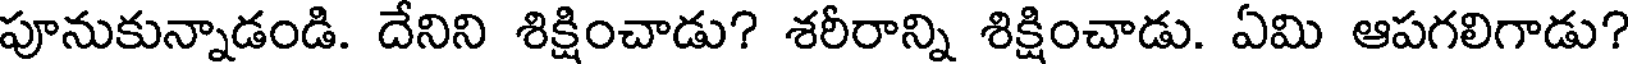
పూనుకున్నాడండి. దేనిని శిక్షించాడు? శరీరాన్ని శిక్షించాడు. ఏమి ఆపగలిగాడు?